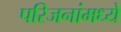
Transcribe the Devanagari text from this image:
परिजनांमध्ये